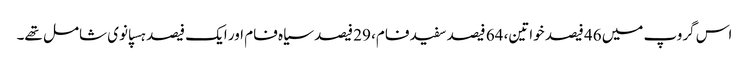
اس گروپ میں 46 فیصد خواتین، 64 فیصد سفید فام، 29 فیصد سیاہ فام اور ایک فیصد ہسپانوی شامل تھے۔